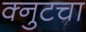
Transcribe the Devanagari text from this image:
क्नुटचा